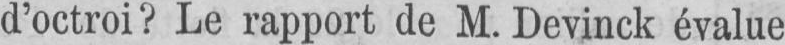
d’octroi? Le rapport de M. Devinck évalue